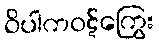
ဝိပါကဝဋ်ကြွေး